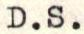
D.S.